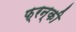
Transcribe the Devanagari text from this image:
फ्रन्की